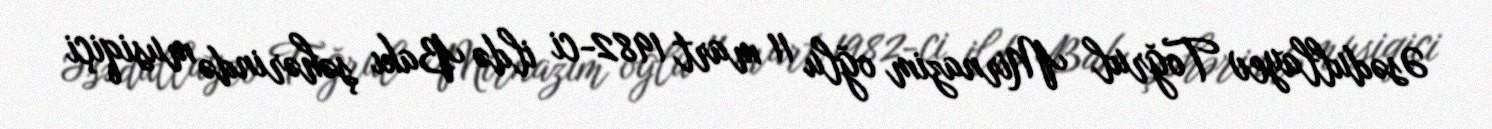
Əsədullayev Toğrul Mirnazim oğlu 11 mart 1982-ci ildə Bakı şəhərində musiqiçi